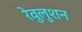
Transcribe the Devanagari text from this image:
रेवुलुशन